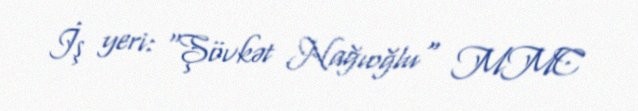
İş yeri: "Şövkət Nağıoğlu" MMC